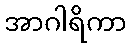
အာဂါရိကာ